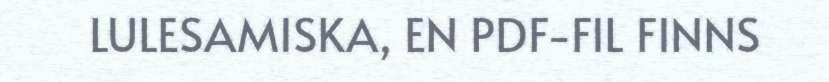
LULESAMISKA, EN PDF-FIL FINNS